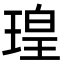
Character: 瑝